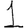
Digit: 1